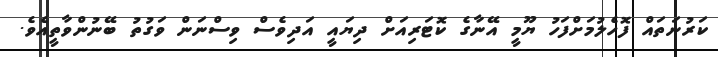
ކަރުނަތައް ފޮހެލުމަށްފަހު ޔޫމީ އޭނާގެ ކޮޓަރިއަށް ދިޔައީ އަދިވެސް ވިސްނަން ވަގުތު ބޭނުންވާތީއެވެ.